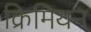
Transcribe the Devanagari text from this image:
क्रिमियन